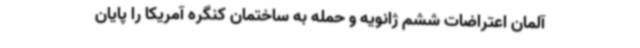
آلمان اعتراضات ششم ژانویه و حمله به ساختمان کنگره آمریکا را پایان